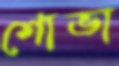
শোভা